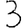
Digit: 3